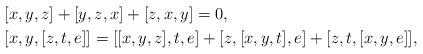
LaTeX: \begin{align*} & [x,y,z]+[y,z,x]+[z,x,y]=0, \\ & [x,y,[z,t,e]]=[[x,y,z],t,e]+[z,[x,y,t],e]+[z,t,[x,y,e]], \end{align*}